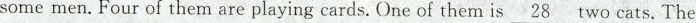
some men. Four of them are playing cards. One of them is \underline{28} two cats. The